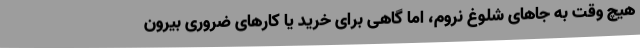
هیچ وقت به جاهای شلوغ نروم، اما گاهی برای خرید یا کارهای ضروری بیرون